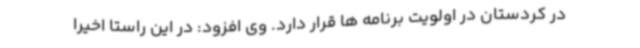
در کردستان در اولویت برنامه ها قرار دارد. وی افزود: در این راستا اخیرا